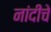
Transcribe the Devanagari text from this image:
नांदीचे